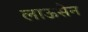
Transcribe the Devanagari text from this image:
लाऊसैन